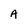
Character: A